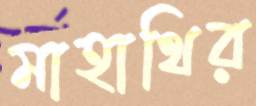
মাহাথির